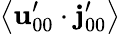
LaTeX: \left\langle\mathbf{u}_{00}^{\prime}\cdot\mathbf{j}_{00}^{\prime}\right\rangle